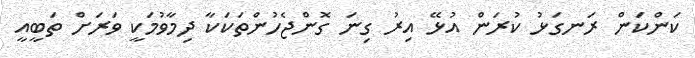
ކަންކަން ރަނގަޅު ކުރަން އުޅޭ އިރު ގިނަ ގޮންޖެހުންތަކަކާ ދިމާވުމަކީ ވަރަށް ތަބީއީ